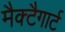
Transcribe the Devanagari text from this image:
मैक्टैगार्ट